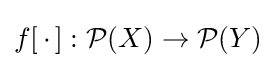
f[\,\cdot \,]:{\mathcal {P}}(X)\to {\mathcal {P}}(Y)